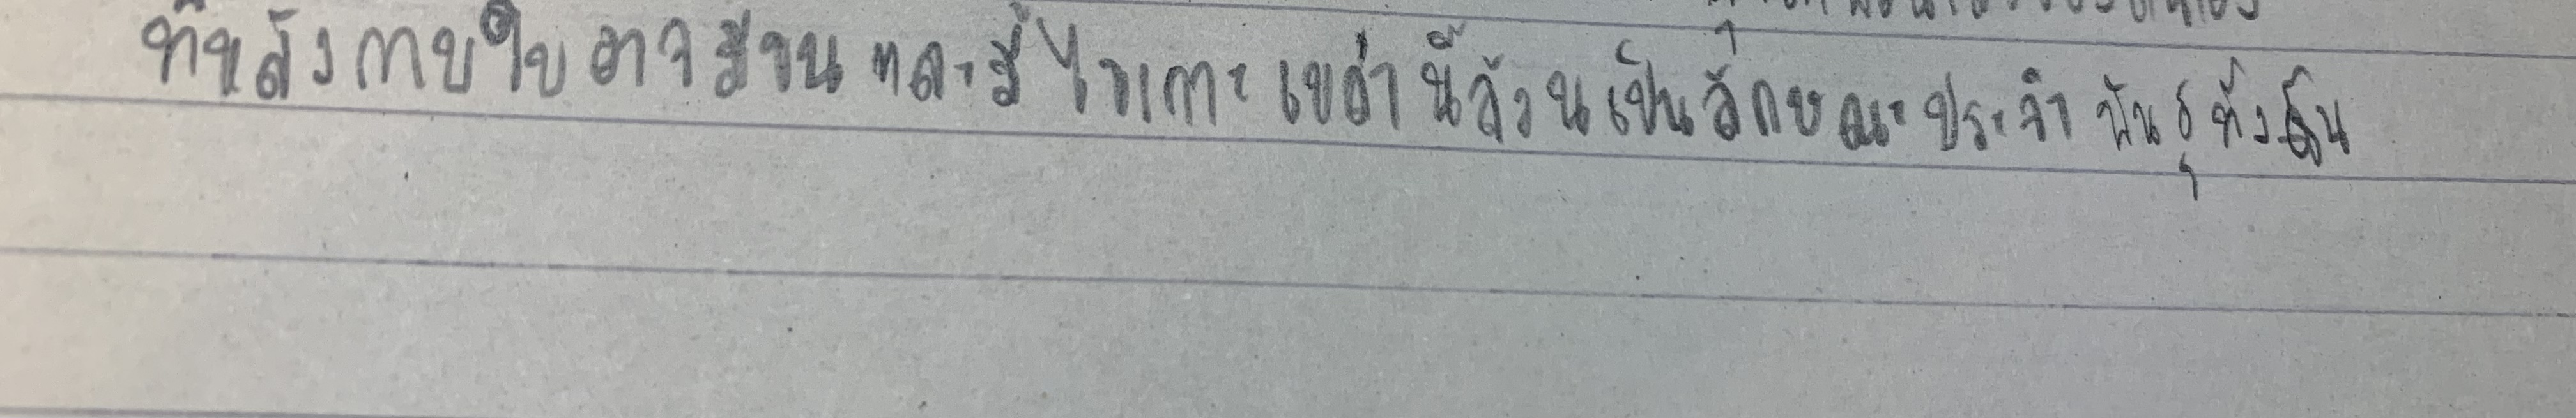
ที่หลังกาบใบอาจมีขนและมีไขเกาะเหล่านี้ล้วนเป็นลักษณะประจำพันธุ์ทั้งสิ้น